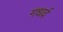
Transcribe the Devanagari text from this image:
गधर्व